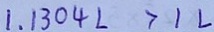
1 . 1 3 0 4 L > 1 L